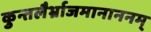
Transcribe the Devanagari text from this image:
कुन्तलैर्भ्राजमानाननम्